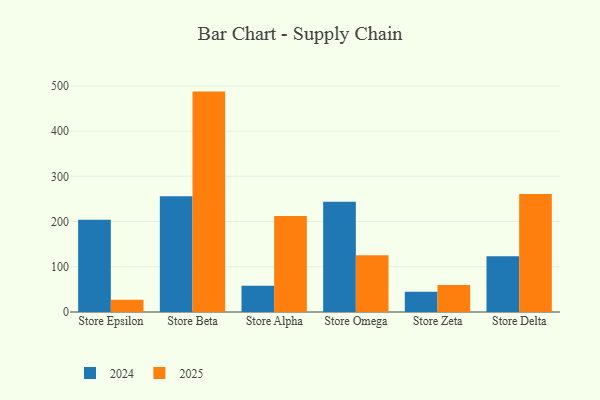
{"axis": {"x": "Store", "y": "Shipments"}, "legend": ["2024", "2025"], "data": [{"x": "Store Epsilon", "y": 204.0, "type": "2024"}, {"x": "Store Epsilon", "y": 26.9, "type": "2025"}, {"x": "Store Beta", "y": 255.9, "type": "2024"}, {"x": "Store Beta", "y": 487.3, "type": "2025"}, {"x": "Store Alpha", "y": 58.0, "type": "2024"}, {"x": "Store Alpha", "y": 212.2, "type": "2025"}, {"x": "Store Omega", "y": 243.7, "type": "2024"}, {"x": "Store Omega", "y": 125.3, "type": "2025"}, {"x": "Store Zeta", "y": 44.6, "type": "2024"}, {"x": "Store Zeta", "y": 59.6, "type": "2025"}, {"x": "Store Delta", "y": 123.4, "type": "2024"}, {"x": "Store Delta", "y": 260.8, "type": "2025"}]}